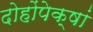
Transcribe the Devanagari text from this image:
दोहोंपेक्षां